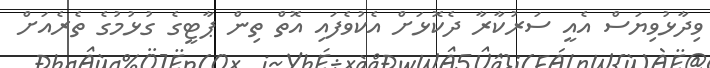
ވިދާޅުވިޔަސް އެއީ ސަރުކާރާ ދެކޮޅަށް އެކުވެފައި އޮތް ތިން ޕާޓީގެ ގުޅުމުގެ ތެރެއަށް